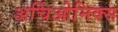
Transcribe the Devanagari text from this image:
अर्चिओनिक्स